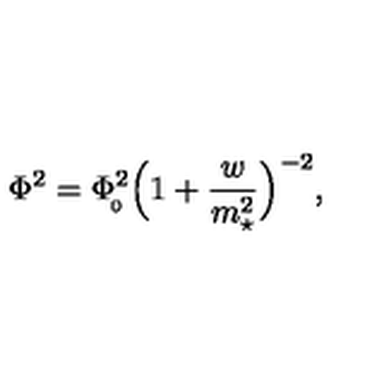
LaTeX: \Phi ^ { 2 } = \Phi _ { \! _ { 0 } } ^ { 2 } \Big ( 1 + { \frac { w } { m _ { \star } ^ { 2 } } } \Big ) ^ { - 2 } ,